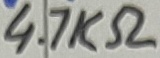
Text: R2